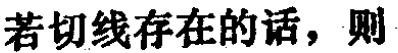
若切线存在的话，则